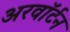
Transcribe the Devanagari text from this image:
अरवॉर्टन